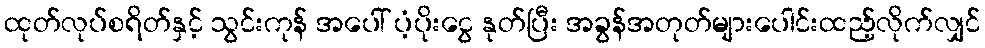
ထုတ်လုပ်စရိတ်နှင့် သွင်းကုန် အပေါ် ပံ့ပိုးငွေ နုတ်ပြီး အခွန်အတုတ်များပေါင်းထည့်လိုက်လျှင်